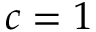
c = 1